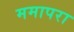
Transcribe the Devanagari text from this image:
ममापरा